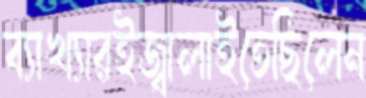
ব্যাখ্যারইজ্বালাইতেছিলেন